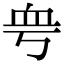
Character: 𧖨